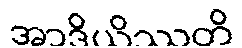
အာဒိယိဿတိ